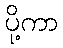
ပို့ကာ